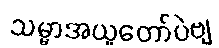
သမ္မာအယူတော်ပဲဗျ